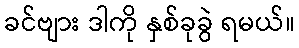
ခင်ဗျား ဒါကို နှစ်ခုခွဲ ရမယ်။